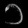
Digit: ၁